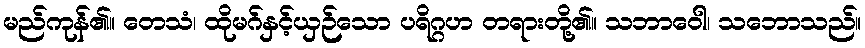
မည်ကုန်၏။ တေသံ၊ ထိုမဂ်နှင့်ယှဉ်သော ပရိဂ္ဂဟ တရားတို့၏။ သဘာဝေါ၊ သဘောသည်။